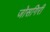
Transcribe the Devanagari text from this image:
जोसगिरी